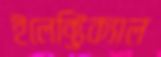
ইলেক্ট্রিক্যাল